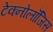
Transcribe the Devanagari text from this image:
टेक्नोलॉजिस